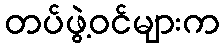
တပ်ဖွဲ့ဝင်များက